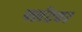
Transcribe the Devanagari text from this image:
फ्लॅटवर